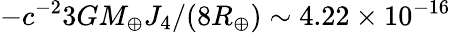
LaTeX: -c^{-2}3GM_{\oplus}J_{4}/(8R_{\oplus})\sim 4.22\times 10^{-16}